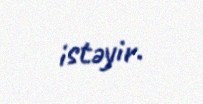
istəyir.